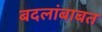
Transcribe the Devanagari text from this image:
बदलांबाबत